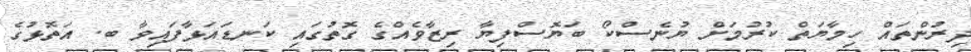
ދިރުންތައް ހިމާޔަތް ކުރުމަށް ޔުނެސްކޯ ބަޔޮސްފިޔާ ރިޒާވެއްގެ ގޮތުގައި ކަނޑައަޅާފައިވާ ބ. އަތޮޅުގެ